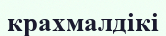
крахмалдікі